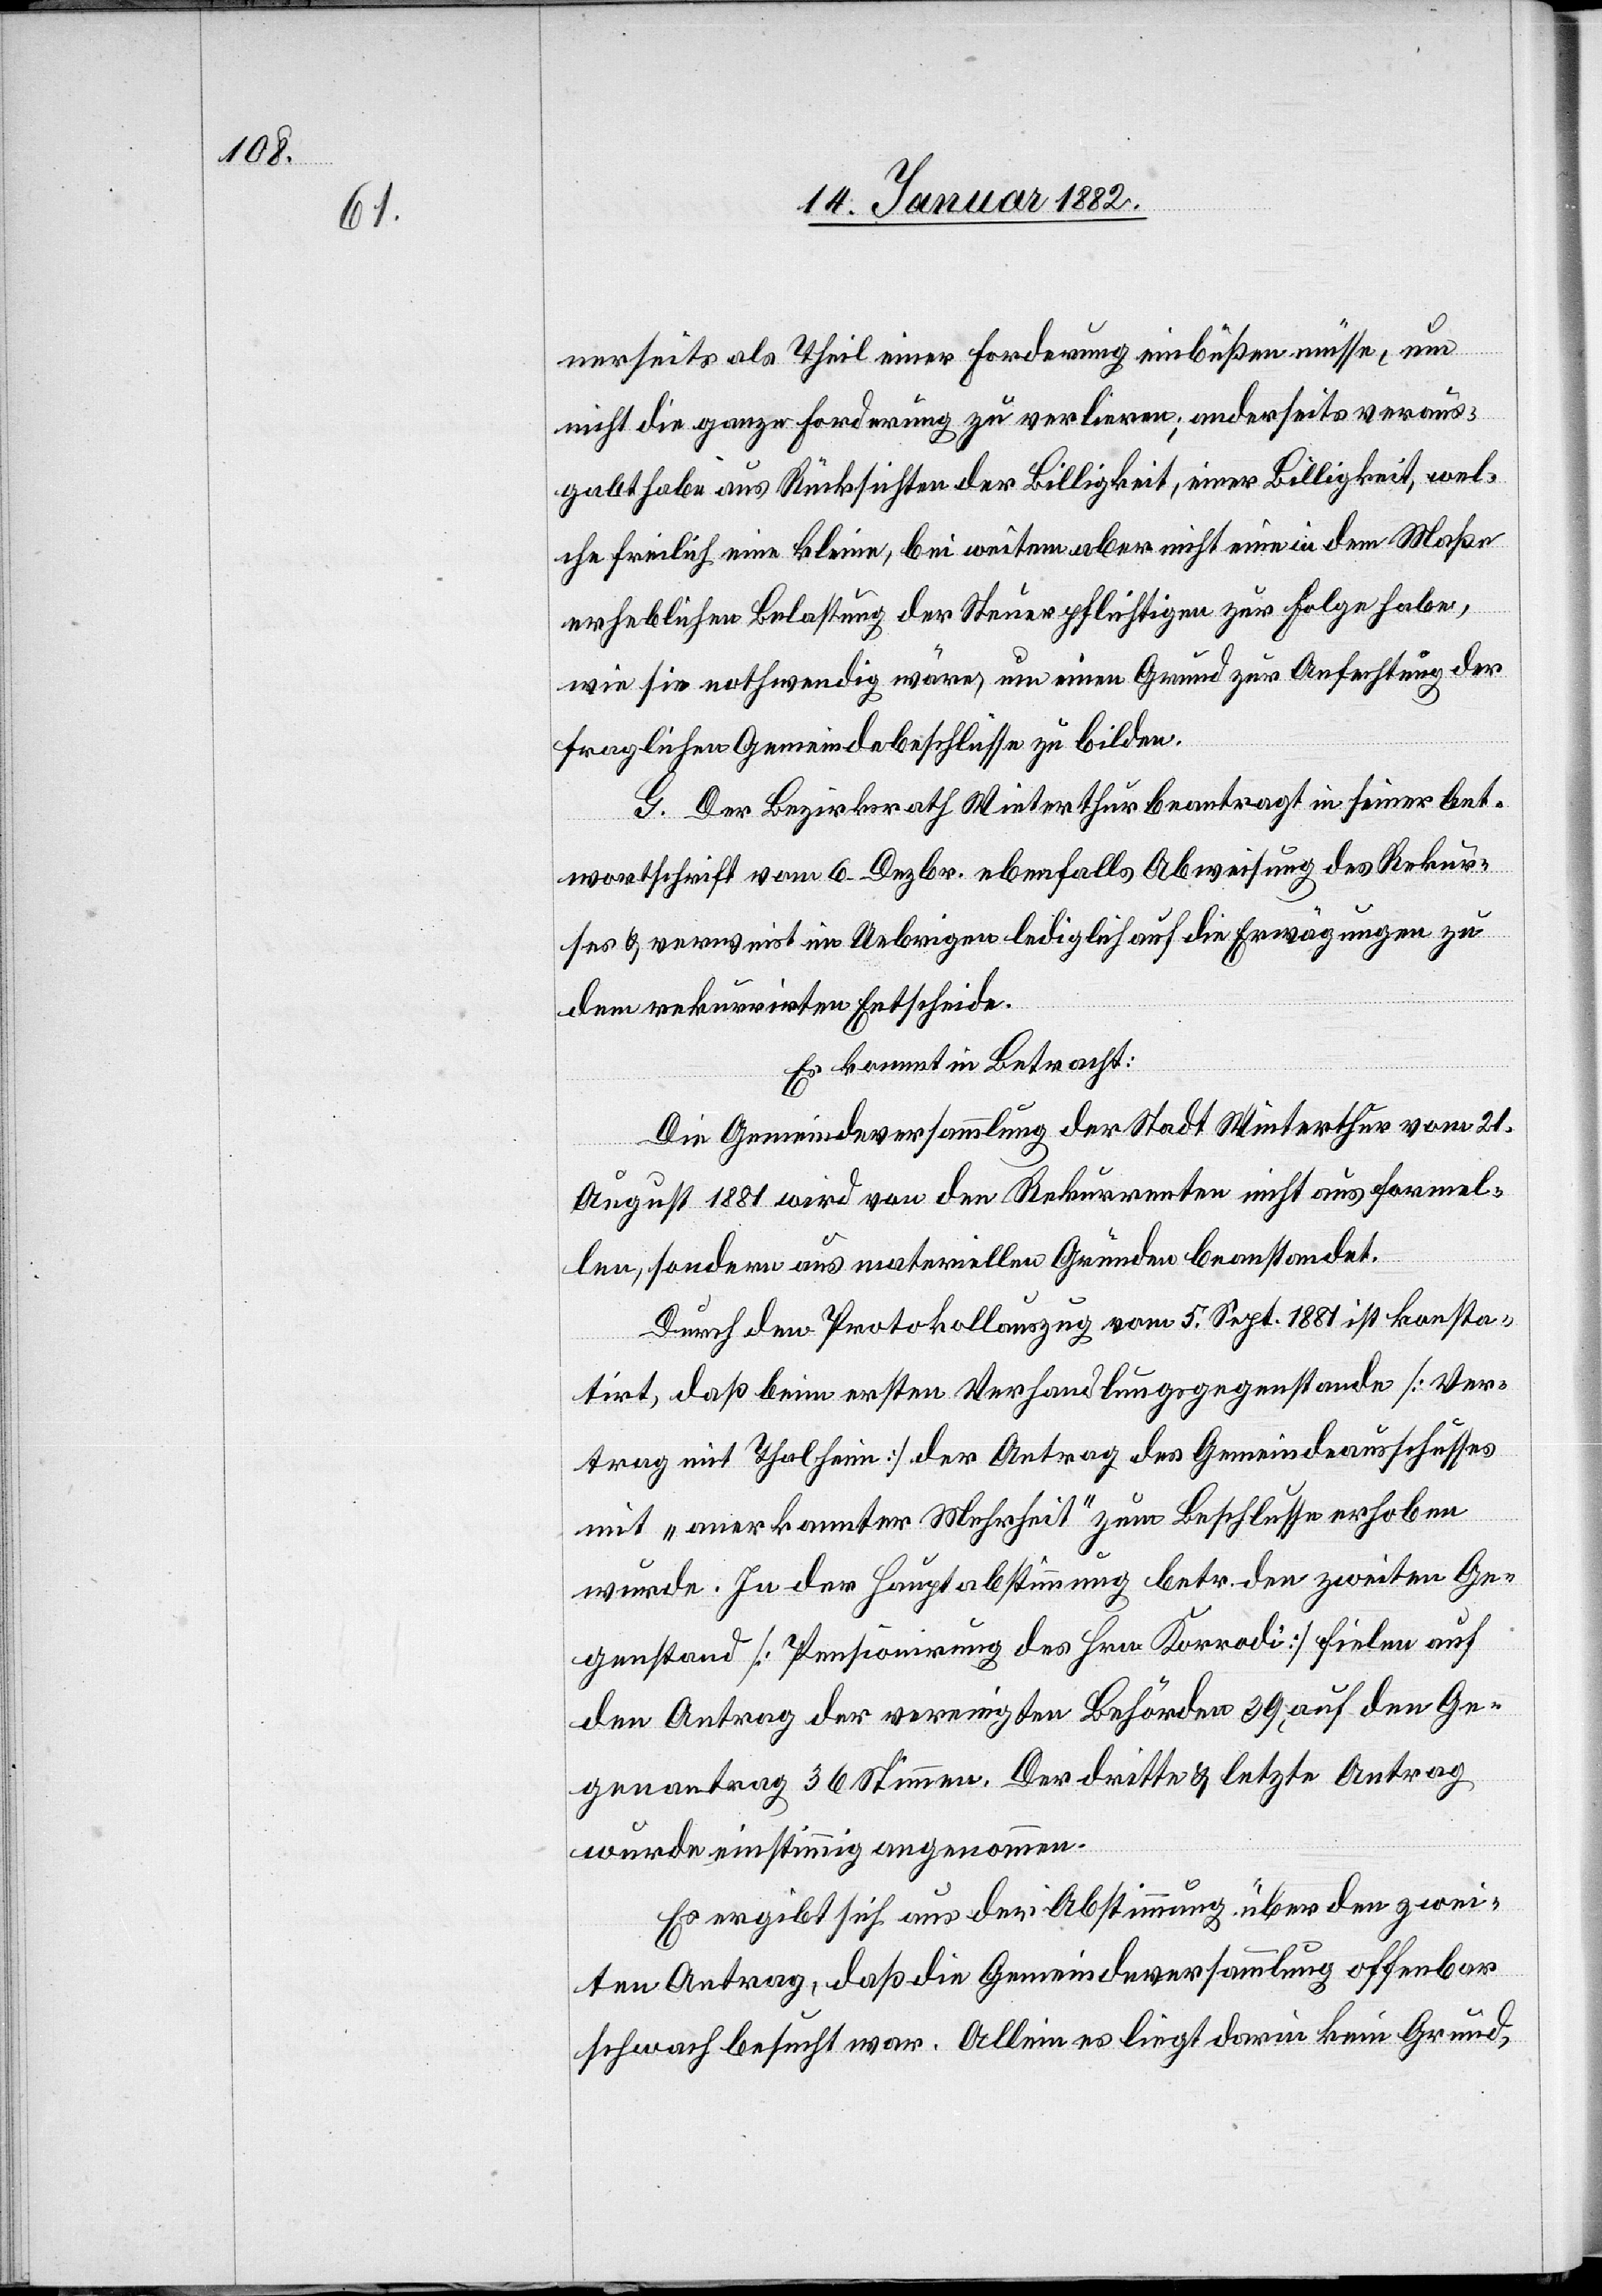
nerseits als Theil einer Forderung einbüßen müsse, um
nicht die ganze Forderung zu verlieren, anderseits veraus¬
gabt habe aus Rücksichten der Billigkeit, einer Billigkeit, wel¬
che freilich eine kleine, bei weitem aber nicht eine in dem Maße
erheblichen Belastung der Steuerpflichtigen zur Folge habe,
wie sie nothwendig wäre, um einen Grund zur Anfechtung der
fraglichen Gemeindebeschlüssen zu bilden.
G. Der Bezirksrath Winterthur beantragt in seiner Ant¬
wortschrift vom 6. Dezbr. ebenfalls Abweisung des Rekur¬
ses & verweist im Uebrigen lediglich auf die Erwägungen zu
dem rekurrirten Entscheide.
Es kommt in Betracht:
Die Gemeindeversammlung der Stadt Winterthur vom 21.
August 1881 wird von den Rekurrenten nicht aus forma¬
len, sondern aus materiellen Gründen beanstandet.
Durch den Protokollauszug vom 5. Sept. 1881 ist konsta¬
tirt, daß beim ersten Verhandlungsgegenstande [Ver¬
trag mit Thalheim] der Antrag des Gemeindeausschnittes
mit „anerkannter Mehrheit“ zum Beschlusse erhoben
wurde. In der Hauptabstimmung betr. den zweiten Ge¬
genstand [Pensionierung des Hrn. Korrodi] fielen auf
den Antrag der vereinigten Behörden 39, auf den Ge¬
genantrag 36 Stimmen. Der dritte & letzte Antrag
wurde einstimmig angenommen.
Es ergibt sich aus der Abstimmung über den zwei¬
ten Antrag, daß die Gemeindeversammlung offenbar
schwach besucht war. Allein es liegt darin kein Grund,